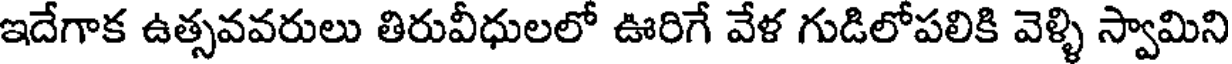
ఇదేగాక ఉత్సవవరులు తిరువీధులలో ఊరిగే వేళ గుడిలోపలికి వెళ్ళి స్వామిని